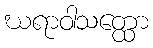
ဃရာဝါသတ္ထော